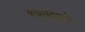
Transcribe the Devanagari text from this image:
बचावदलाने